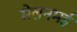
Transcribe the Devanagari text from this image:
मेलनमई